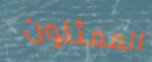
الممثلون